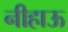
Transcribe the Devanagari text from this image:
नीहाऊ